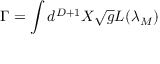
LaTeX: \Gamma = \Huge \int \large d ^ { D + 1 } X \sqrt { g } L ( { \lambda } _ { M } )